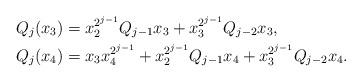
LaTeX: \begin{align*}Q_j (x_3)&= x_2^{2^{j-1}} Q_{j-1}x_3+x_3^{2^{j-1}} Q_{j-2} x_3, \\Q_j (x_4) & = x_3 x_{4}^{2^{j-1}}+x_2^{2^{j-1}} Q_{j-1}x_4+x_3^{2^{j-1}} Q_{j-2} x_4.\end{align*}